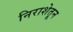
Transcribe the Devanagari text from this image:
निराशेतून